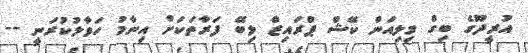
އުރީދޫގެ ބިގް މިލިއަން ކޭޝް ޕްރައިޒް ލިބޭ ފަރާތަކަށް އިނާމު ހަވާލުކުރަނީ --